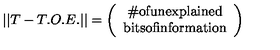
| | T - T . O . E . | | = \left( \begin{array} { c } { \mathrm { \# o f u n e x p l a i n e d } } \\ { \mathrm { b i t s o f i n f o r m a t i o n } } \\ \end{array} \right)